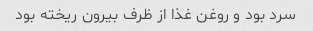
سرد بود و روغن غذا از ظرف بیرون ریخته بود